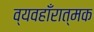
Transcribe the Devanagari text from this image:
व्यवहाँरात्मक